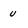
Character: u